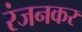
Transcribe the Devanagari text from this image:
रंजनकर